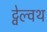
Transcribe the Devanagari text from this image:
ट्वेल्वथ